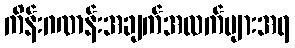
ကိန်းဂဏန်းအချက်အလက်များအရ